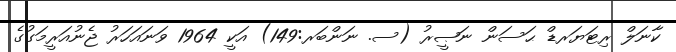
ކާނަލް ރިޓަޔަރޑް ޙަސަން ނަޞީރު (ސ. ނަންބަރ:149) އަކީ 1964 ވަނައަހަރު ޖެނުއަރީމަގުގެ